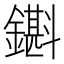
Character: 𨮊